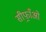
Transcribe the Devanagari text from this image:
सीफ़्राँओ